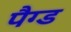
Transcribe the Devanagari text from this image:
पैग्ड